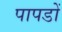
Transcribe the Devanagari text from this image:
पापडों